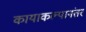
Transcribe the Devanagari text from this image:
कायाकल्पानंतर